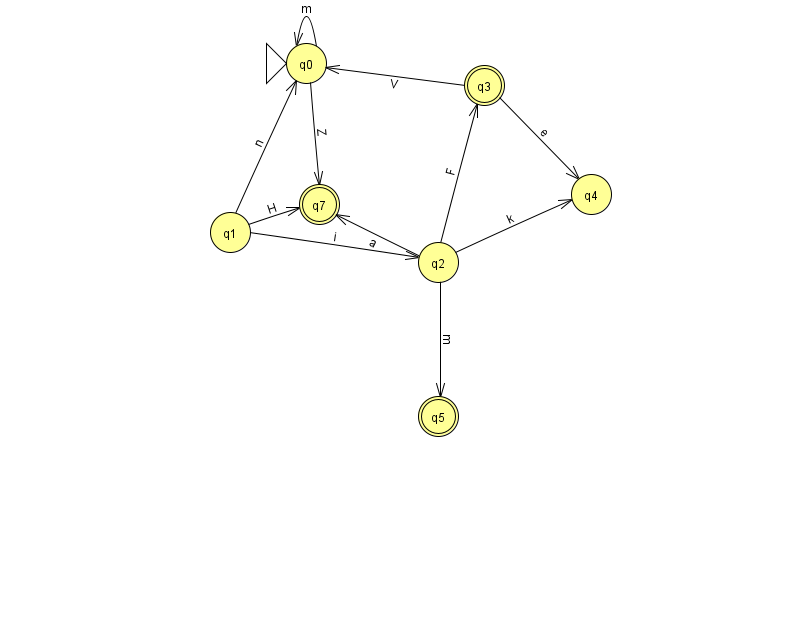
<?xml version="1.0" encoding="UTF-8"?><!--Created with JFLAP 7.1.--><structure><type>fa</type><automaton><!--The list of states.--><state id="0" name="q0"><x>306.0</x><y>50.0</y><initial/></state><state id="1" name="q1"><x>230.0</x><y>219.0</y></state><state id="2" name="q2"><x>438.0</x><y>249.0</y></state><state id="3" name="q3"><x>484.0</x><y>72.0</y><final/></state><state id="4" name="q4"><x>591.0</x><y>181.0</y></state><state id="5" name="q5"><x>438.0</x><y>403.0</y><final/></state><state id="7" name="q7"><x>319.0</x><y>191.0</y><final/></state><!--The list of transitions.--><transition><from>2</from><to>5</to><read>m</read></transition><transition><from>1</from><to>0</to><read>n</read></transition><transition><from>1</from><to>2</to><read>i</read></transition><transition><from>0</from><to>7</to><read>Z</read></transition><transition><from>2</from><to>7</to><read>a</read></transition><transition><from>1</from><to>7</to><read>H</read></transition><transition><from>3</from><to>4</to><read>e</read></transition><transition><from>3</from><to>0</to><read>V</read></transition><transition><from>2</from><to>4</to><read>k</read></transition><transition><from>0</from><to>0</to><read>m</read></transition><transition><from>2</from><to>3</to><read>F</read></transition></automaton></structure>